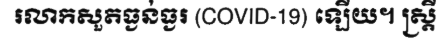
រលាកសួតធ្ងន់ធ្ងរ (COVID-19) ឡើយ។ ស្ត្រី